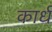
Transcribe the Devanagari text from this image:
कार्ध